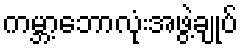
ကမ္ဘာ့ဘောလုံးအဖွဲ့ချုပ်